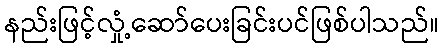
နည်းဖြင့်လှုံ့ဆော်ပေးခြင်းပင်ဖြစ်ပါသည်။